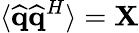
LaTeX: \langle\widehat{\mathbf{q}}\widehat{\mathbf{q}}^{H}\rangle=\mathbf{X}